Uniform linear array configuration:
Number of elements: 32
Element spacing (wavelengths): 0.25
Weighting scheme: uniform
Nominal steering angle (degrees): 15
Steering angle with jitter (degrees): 13.442
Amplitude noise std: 0.05
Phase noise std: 0.05

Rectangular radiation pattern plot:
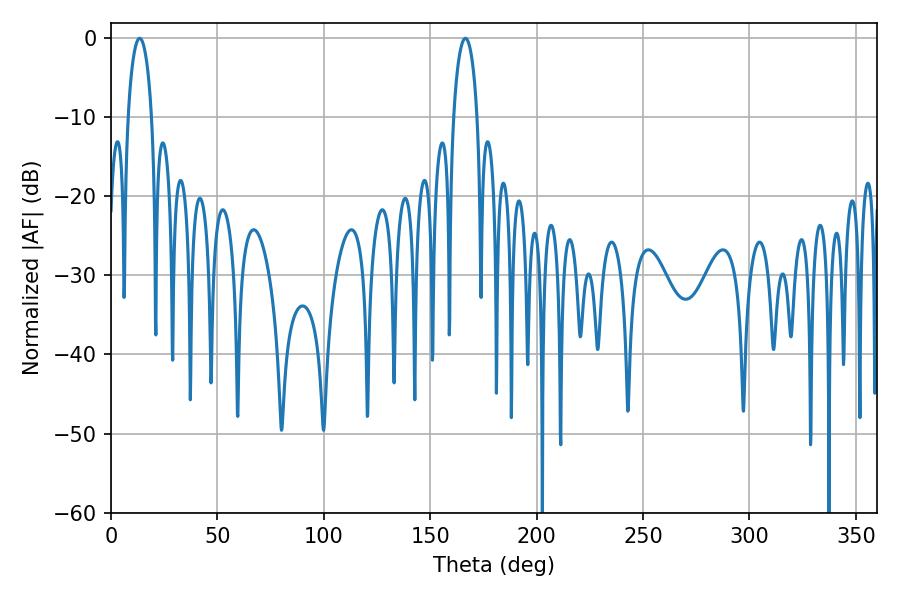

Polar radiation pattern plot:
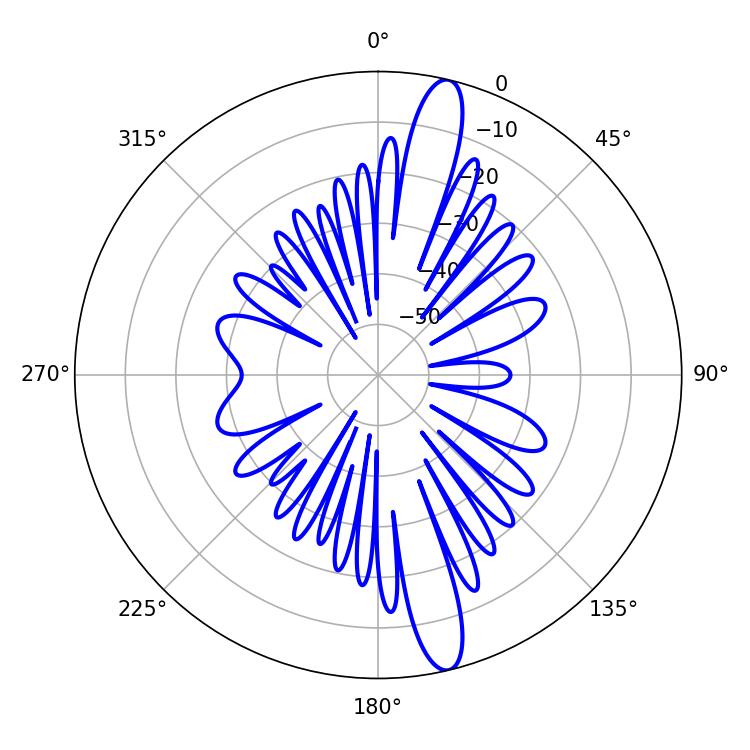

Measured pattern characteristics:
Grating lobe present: FALSE
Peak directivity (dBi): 15.278
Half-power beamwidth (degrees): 6.48
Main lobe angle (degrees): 13.5